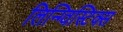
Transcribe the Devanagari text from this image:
लिन्ग्विस्टिक्स